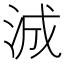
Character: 𬇠